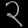
Digit: ၃